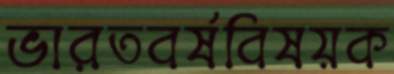
ভারতবর্ষবিষয়ক